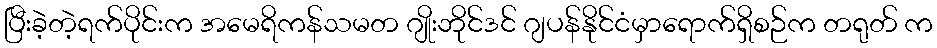
ပြီးခဲ့တဲ့ရက်ပိုင်းက အမေရိကန်သမတ ဂျိုးဘိုင်ဒင် ဂျပန်နိုင်ငံမှာရောက်ရှိစဉ်က တရုတ် က